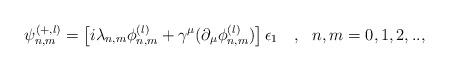
LaTeX: \begin{align*}\psi_{n,m}^{(+,l)}=\left[ i\lambda_{n,m} \phi^{(l)}_{n,m}+\gamma^{\mu}(\partial_\mu\phi^{(l)}_{n,m})\right]\epsilon_1~~~,~~n,m=0,1,2,..,\end{align*}